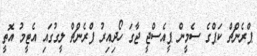
ޕްރެންޗް ކަޕްގެ ސެމީން ޕީއެސްޖީ ޖާގަ ހޯދިއިރު ފްރެންޗް ލީގުގައި އެޓީމު އޮތީ